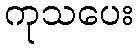
ကုသပေး